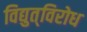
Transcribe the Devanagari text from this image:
विद्युत्‌विरोध